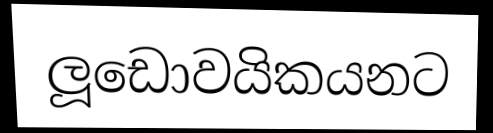
ලූඩොවයිකයනට